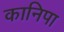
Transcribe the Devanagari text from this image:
कानिपा